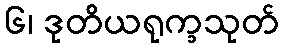
၆၊ ဒုတိယရုက္ခသုတ်